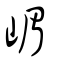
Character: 嵋